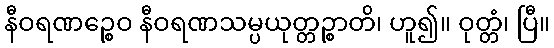
နီဝရဏဉ္စေဝ နီဝရဏသမ္ပယုတ္တဉ္စာတိ၊ ဟူ၍။ ဝုတ္တံ၊ ပြီ။